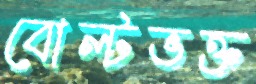
বোল্টভক্ত